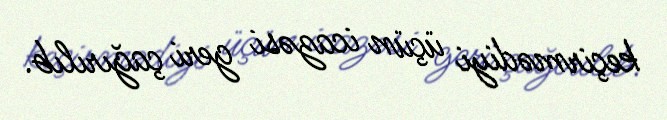
keçirmədiyi üçün icazəsi geri çağırılıb.